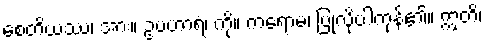
စေတိယဿ၊ အား။ ဥပဟာရံ၊ ကို။ ကရောမ၊ ပြုလိုပါကုန်၏။ ဣတိ၊